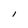
Character: l